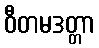
ဝီတမဒတ္တာ